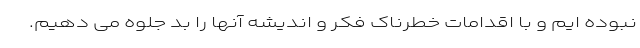
نبوده ایم و با اقدامات خطرناک فکر و اندیشه آنها را بد جلوه می دهیم.